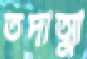
তদাত্মা